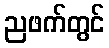
ညဖက်တွင်